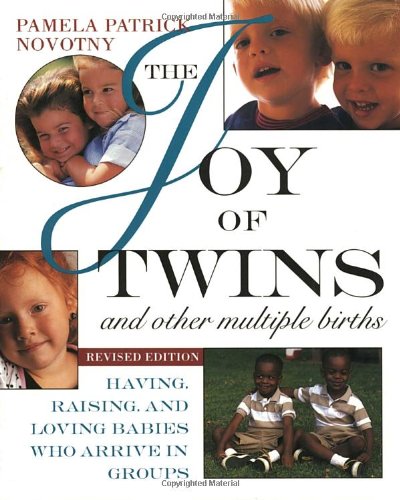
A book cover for The Joy of Twins and Other Multiple Births: Having, Raising, and Loving Babies Who Arrive in Groups; Pamela Patrick Novotny; Parenting & Relationships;